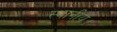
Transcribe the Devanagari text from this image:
स्‍थानीय।